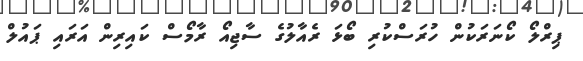
ޕިރްލޯ ކޯނަރަކުން ހުރަސްކުރި ބޯޅަ ރެއާލުގެ ސާޖިއޯ ރާމޯސް ކައިރިން އަރައި ޕައުލް